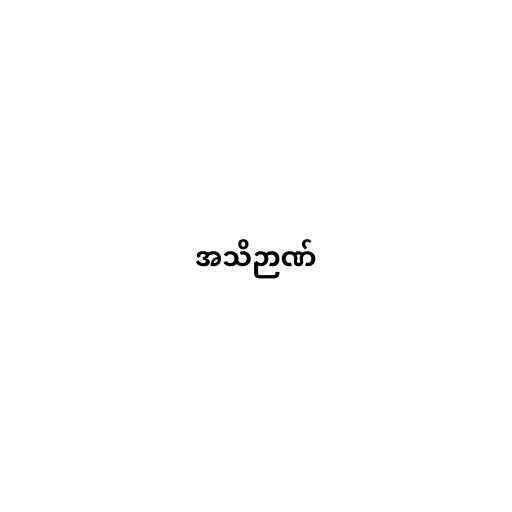
အသိဉာဏ်